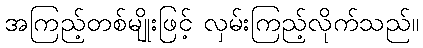
အကြည့်တစ်မျိုးဖြင့် လှမ်းကြည့်လိုက်သည်။